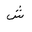
Letter: _shin